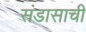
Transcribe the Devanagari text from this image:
संडासाची